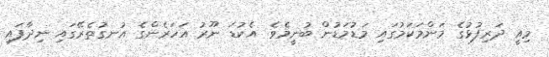
މިއީ ދަރިފުޅުގެ މަންމަކަމުގައި މަޑުމަޑުން ބުނީމެވެ. އެކުޑަ ނޫރު އަހަރެންގެ އުނގުތެރޭގައި ނިދާފައި